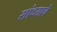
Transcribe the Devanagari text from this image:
सांध्याचे